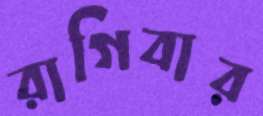
রাগিবার